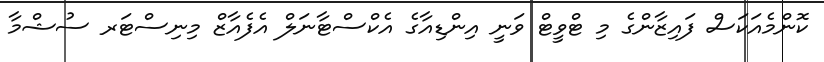
ކޮންމެއަކަސް ފައިޒާންގެ މި ޓްވީޓް ވަނީ އިންޑިއާގެ އެކްސްޓާނަލް އެފެއާޒް މިނިސްޓަރ ސުޝްމާ